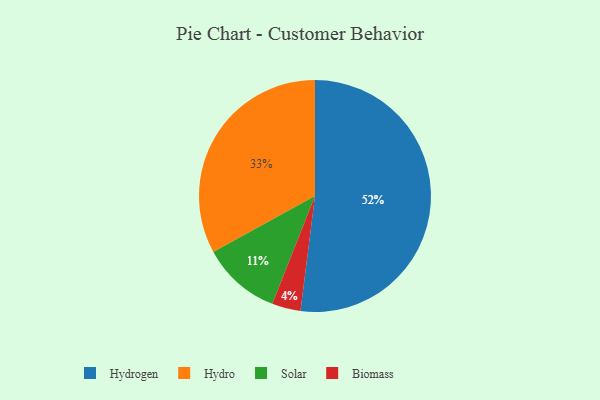
{"axis": {"x": "Category", "y": "Percentage"}, "legend": ["Biomass", "Hydro", "Hydrogen", "Solar"], "data": [{"x": "Hydrogen", "y": 52, "type": "Hydrogen"}, {"x": "Biomass", "y": 4, "type": "Biomass"}, {"x": "Solar", "y": 11, "type": "Solar"}, {"x": "Hydro", "y": 33, "type": "Hydro"}]}